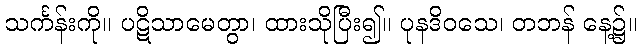
သင်္ကန်းကို။ ပဋိသာမေတွာ၊ ထားသိုပြီး၍။ ပုနဒိဝသေ၊ တဘန် နေ့၌။